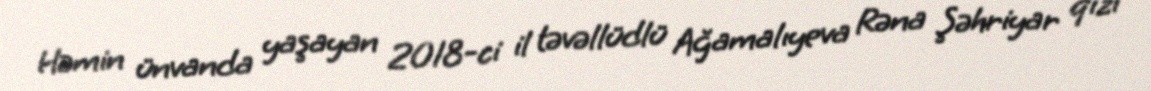
Həmin ünvanda yaşayan 2018-ci il təvəllüdlü Ağamalıyeva Rəna Şəhriyar qızı